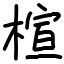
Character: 楦